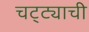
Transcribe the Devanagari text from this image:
चट्ट्याची